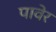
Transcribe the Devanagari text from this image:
पावेर